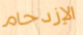
الإزدحام